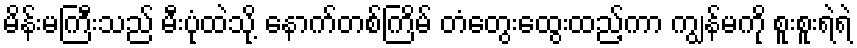
မိန်းမကြီးသည် မီးပုံထဲသို့ နောက်တစ်ကြိမ် တံတွေးထွေးထည့်ကာ ကျွန်မကို စူးစူးရဲရဲ